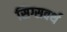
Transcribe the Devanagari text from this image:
सिग्सवर्थ